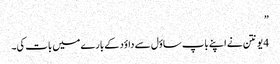
”
4 یونتن نے اپنے باپ ساؤل سے داؤد کے بارے میں بات کی۔